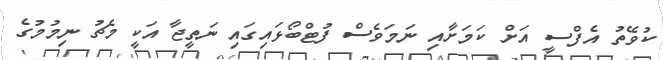
ކުވޭތު އެފްސީ އަށް ކަމަށާއި ނަމަވެސް ފުޓްބޯޅައިގައި ނަތީޖާ އަކީ މެޗު ނިމުމުގެ